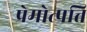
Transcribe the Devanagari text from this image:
प्रेमोत्पत्ति